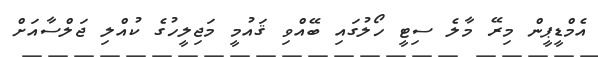
އެމްޑީޕީން މިރޭ މާލެ ސިޓީ ހޯލުގައި ބޭއްވި ޤައުމީ މަޖިލީހުގެ ކުއްލި ޖަލްސާއަށް